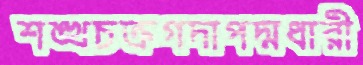
শঙ্খচক্রগদাপদ্মধারী